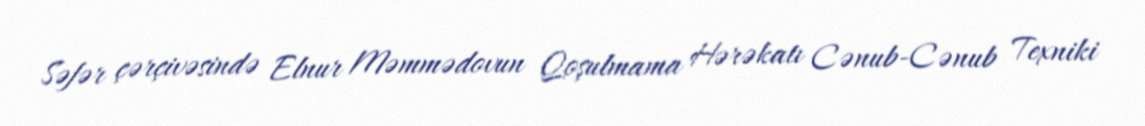
Səfər çərçivəsində Elnur Məmmədovun Qoşulmama Hərəkatı Cənub-Cənub Texniki